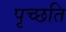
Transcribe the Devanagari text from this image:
पृच्छति